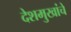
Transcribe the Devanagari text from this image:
देशमुखांचे